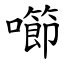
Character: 㘉